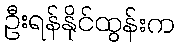
ဦးရန်နိုင်ထွန်းက